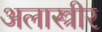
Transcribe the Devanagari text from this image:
अलास्त्रीर